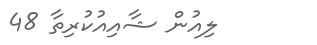
ލިއުން ޝާއިއުކުރިތާ 48